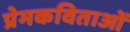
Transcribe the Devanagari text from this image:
प्रेमकविताओं